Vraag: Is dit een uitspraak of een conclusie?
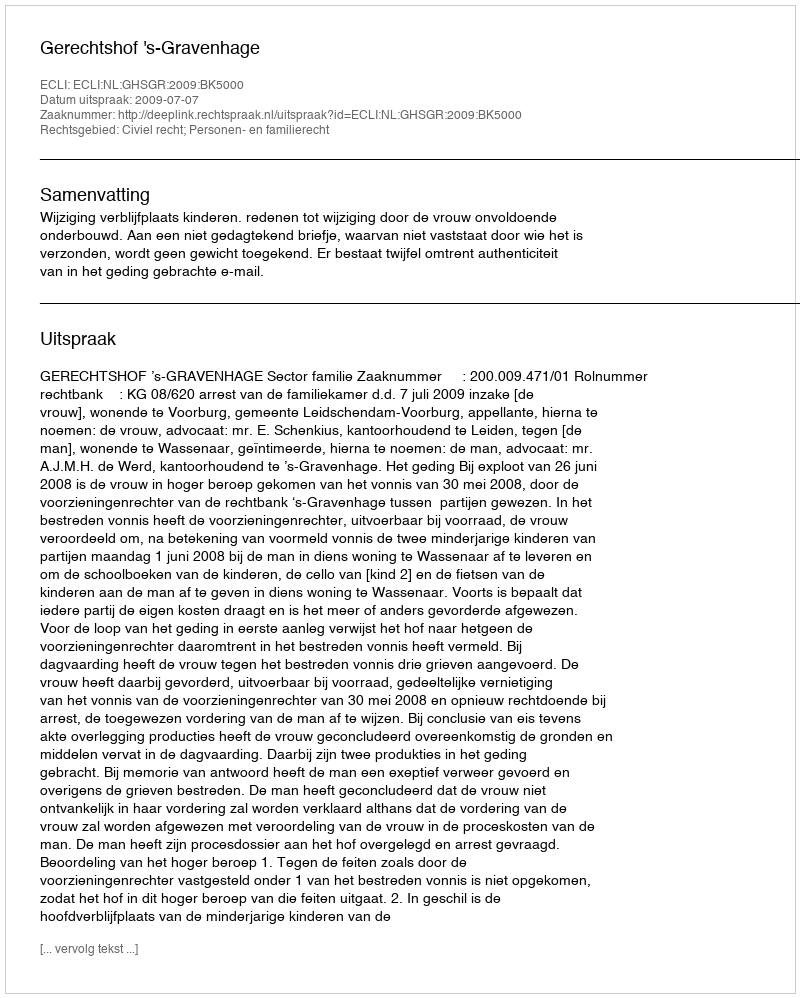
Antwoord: Uitspraak